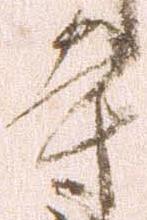
寺